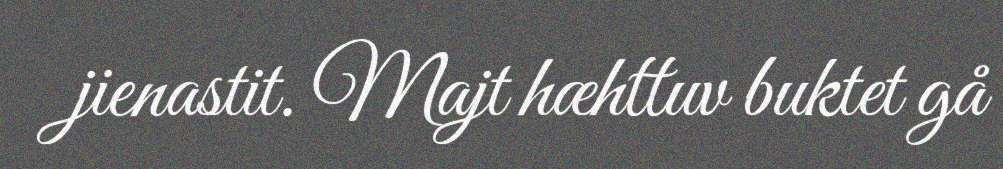
jienastit. Majt hæhttuv buktet gå